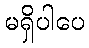
မရှိပါပေ